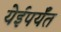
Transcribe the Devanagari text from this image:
येईपर्यँत